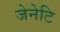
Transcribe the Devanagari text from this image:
जेनेटि